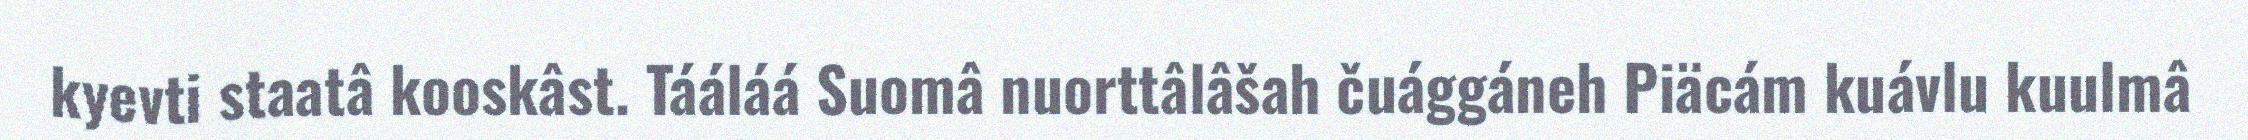
kyevti staatâ kooskâst. Tááláá Suomâ nuorttâlâšah čuággáneh Piäcám kuávlu kuulmâ